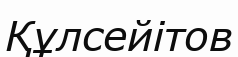
Құлсейітов